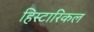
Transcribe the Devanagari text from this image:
हिस्टारिकल